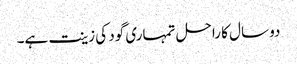
دو سال کا راحل تمہاری گود کی زینت ہے۔